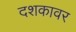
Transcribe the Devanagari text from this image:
दशकावर